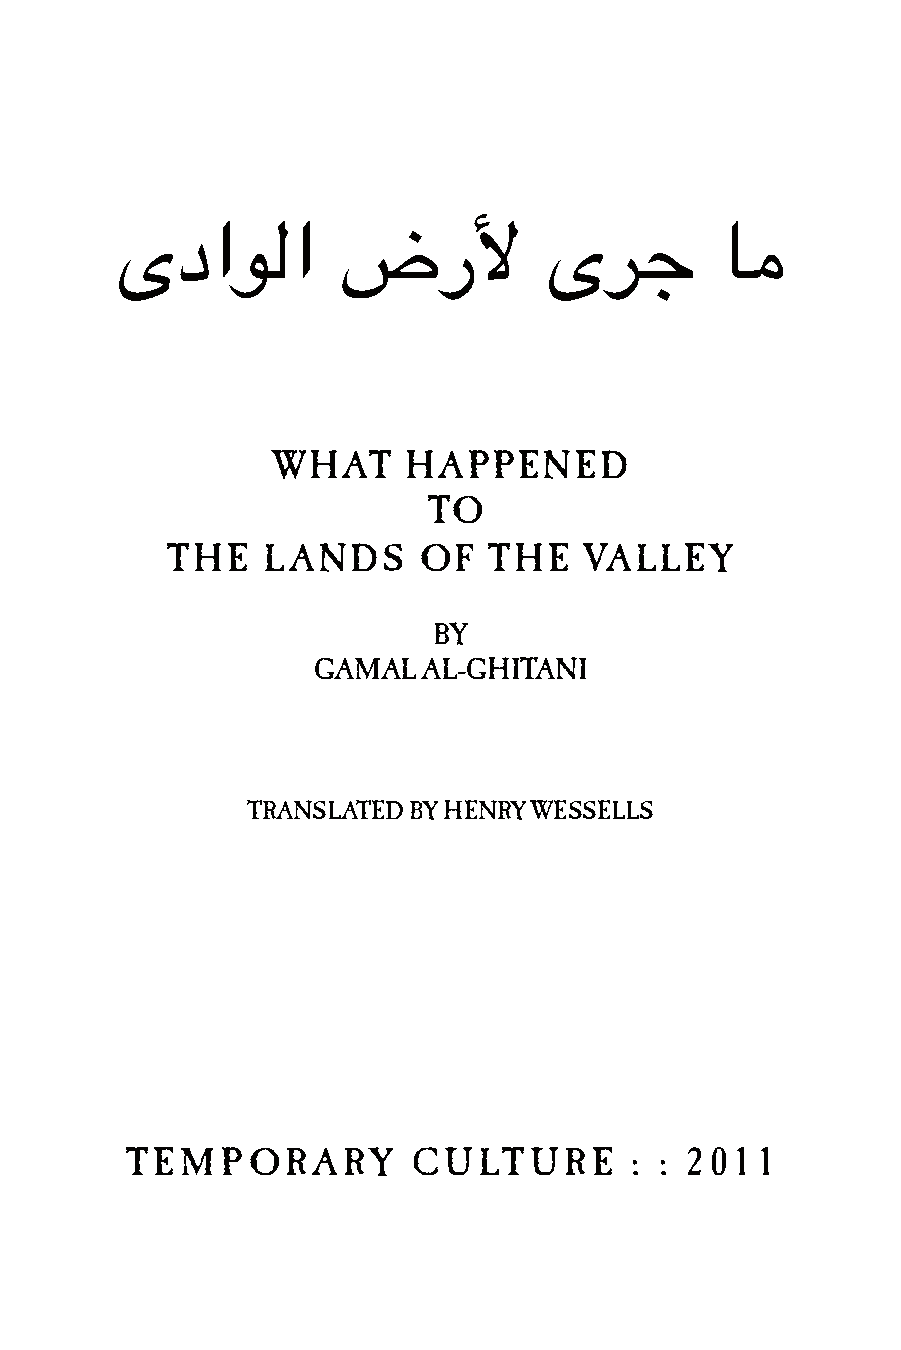
%,)+*)         ('&          %$#         "!
 WHAT     HAPPENED
 TO
 THE   LANDS      OF  THE    VALLEY
 BY
 GAMALAL-GHITANI
 TRANSLATEDBYHENRYWESSELLS
 T EMPORARY         CULT    URE    : : 2011